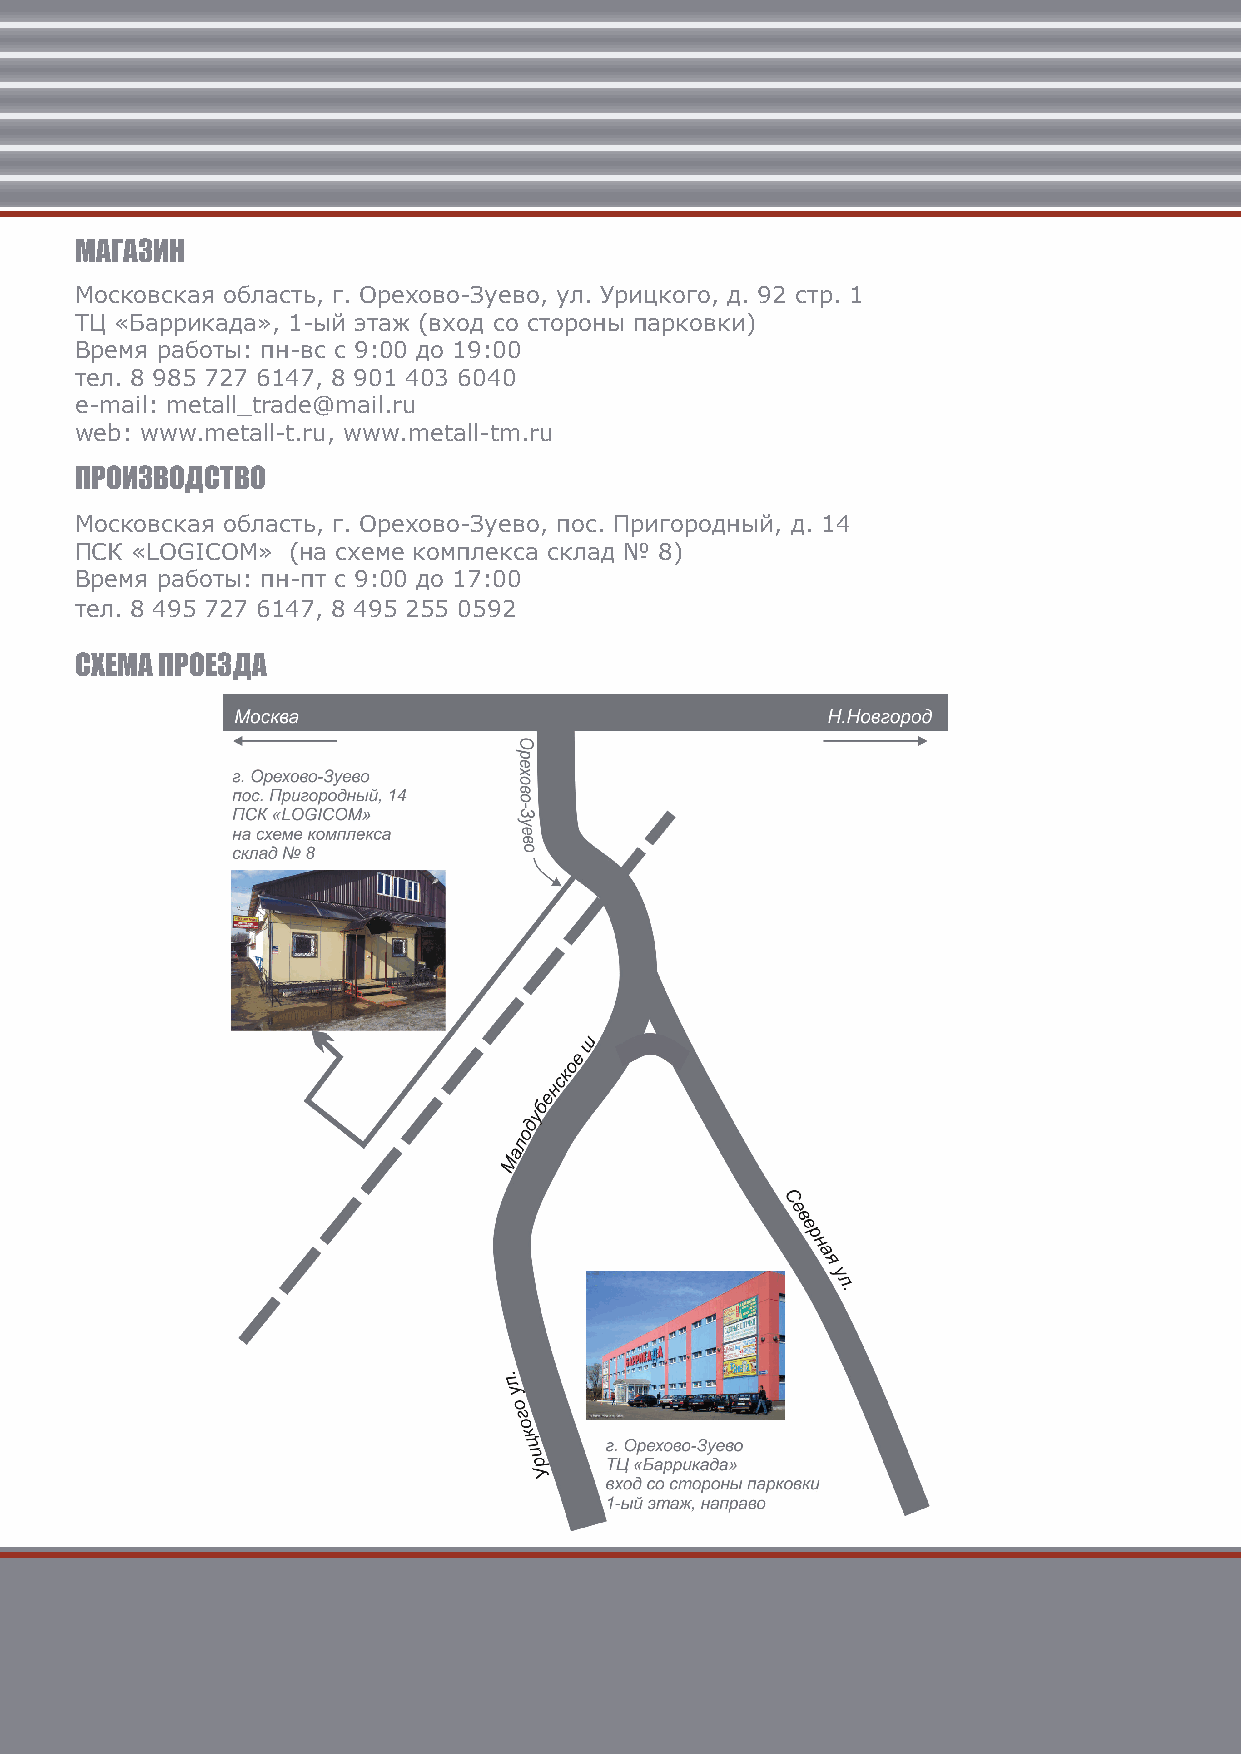
МАГАЗИН
 Московская область, г. Орехово-Зуево, ул. Урицкого, д. 92 стр. 1
 ТЦ «Баррикада», 1-ый этаж (вход со стороны парковки)
 Время работы: пн-вс с 9:00 до 19:00
 тел. 8 985 727 6147, 8 901 403 6040
 e-mail: metall_trade@mail.ru
 web: www.metall-t.ru, www.metall-tm.ru
 ПРОИЗВОДСТВО
 Московская область, г. Орехово-Зуево, пос. Пригородный, д. 14
 ПСК «LOGICOM» (на схеме комплекса склад № 8)
 Время работы: пн-пт с 9:00 до 17:00
 тел. 8 495 727 6147, 8 495 255 0592
 СХЕМА ПРОЕЗДА